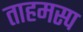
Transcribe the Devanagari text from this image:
ताहमस्प